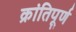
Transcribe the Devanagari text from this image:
क्रांतिपूर्ण